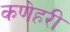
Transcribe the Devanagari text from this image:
कणेहरी